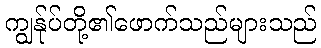
ကျွန်ုပ်တို့၏ဖောက်သည်များသည်